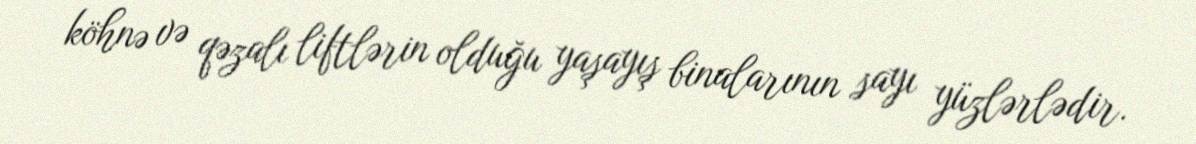
köhnə və qəzalı liftlərin olduğu yaşayış binalarının sayı yüzlərlədir.